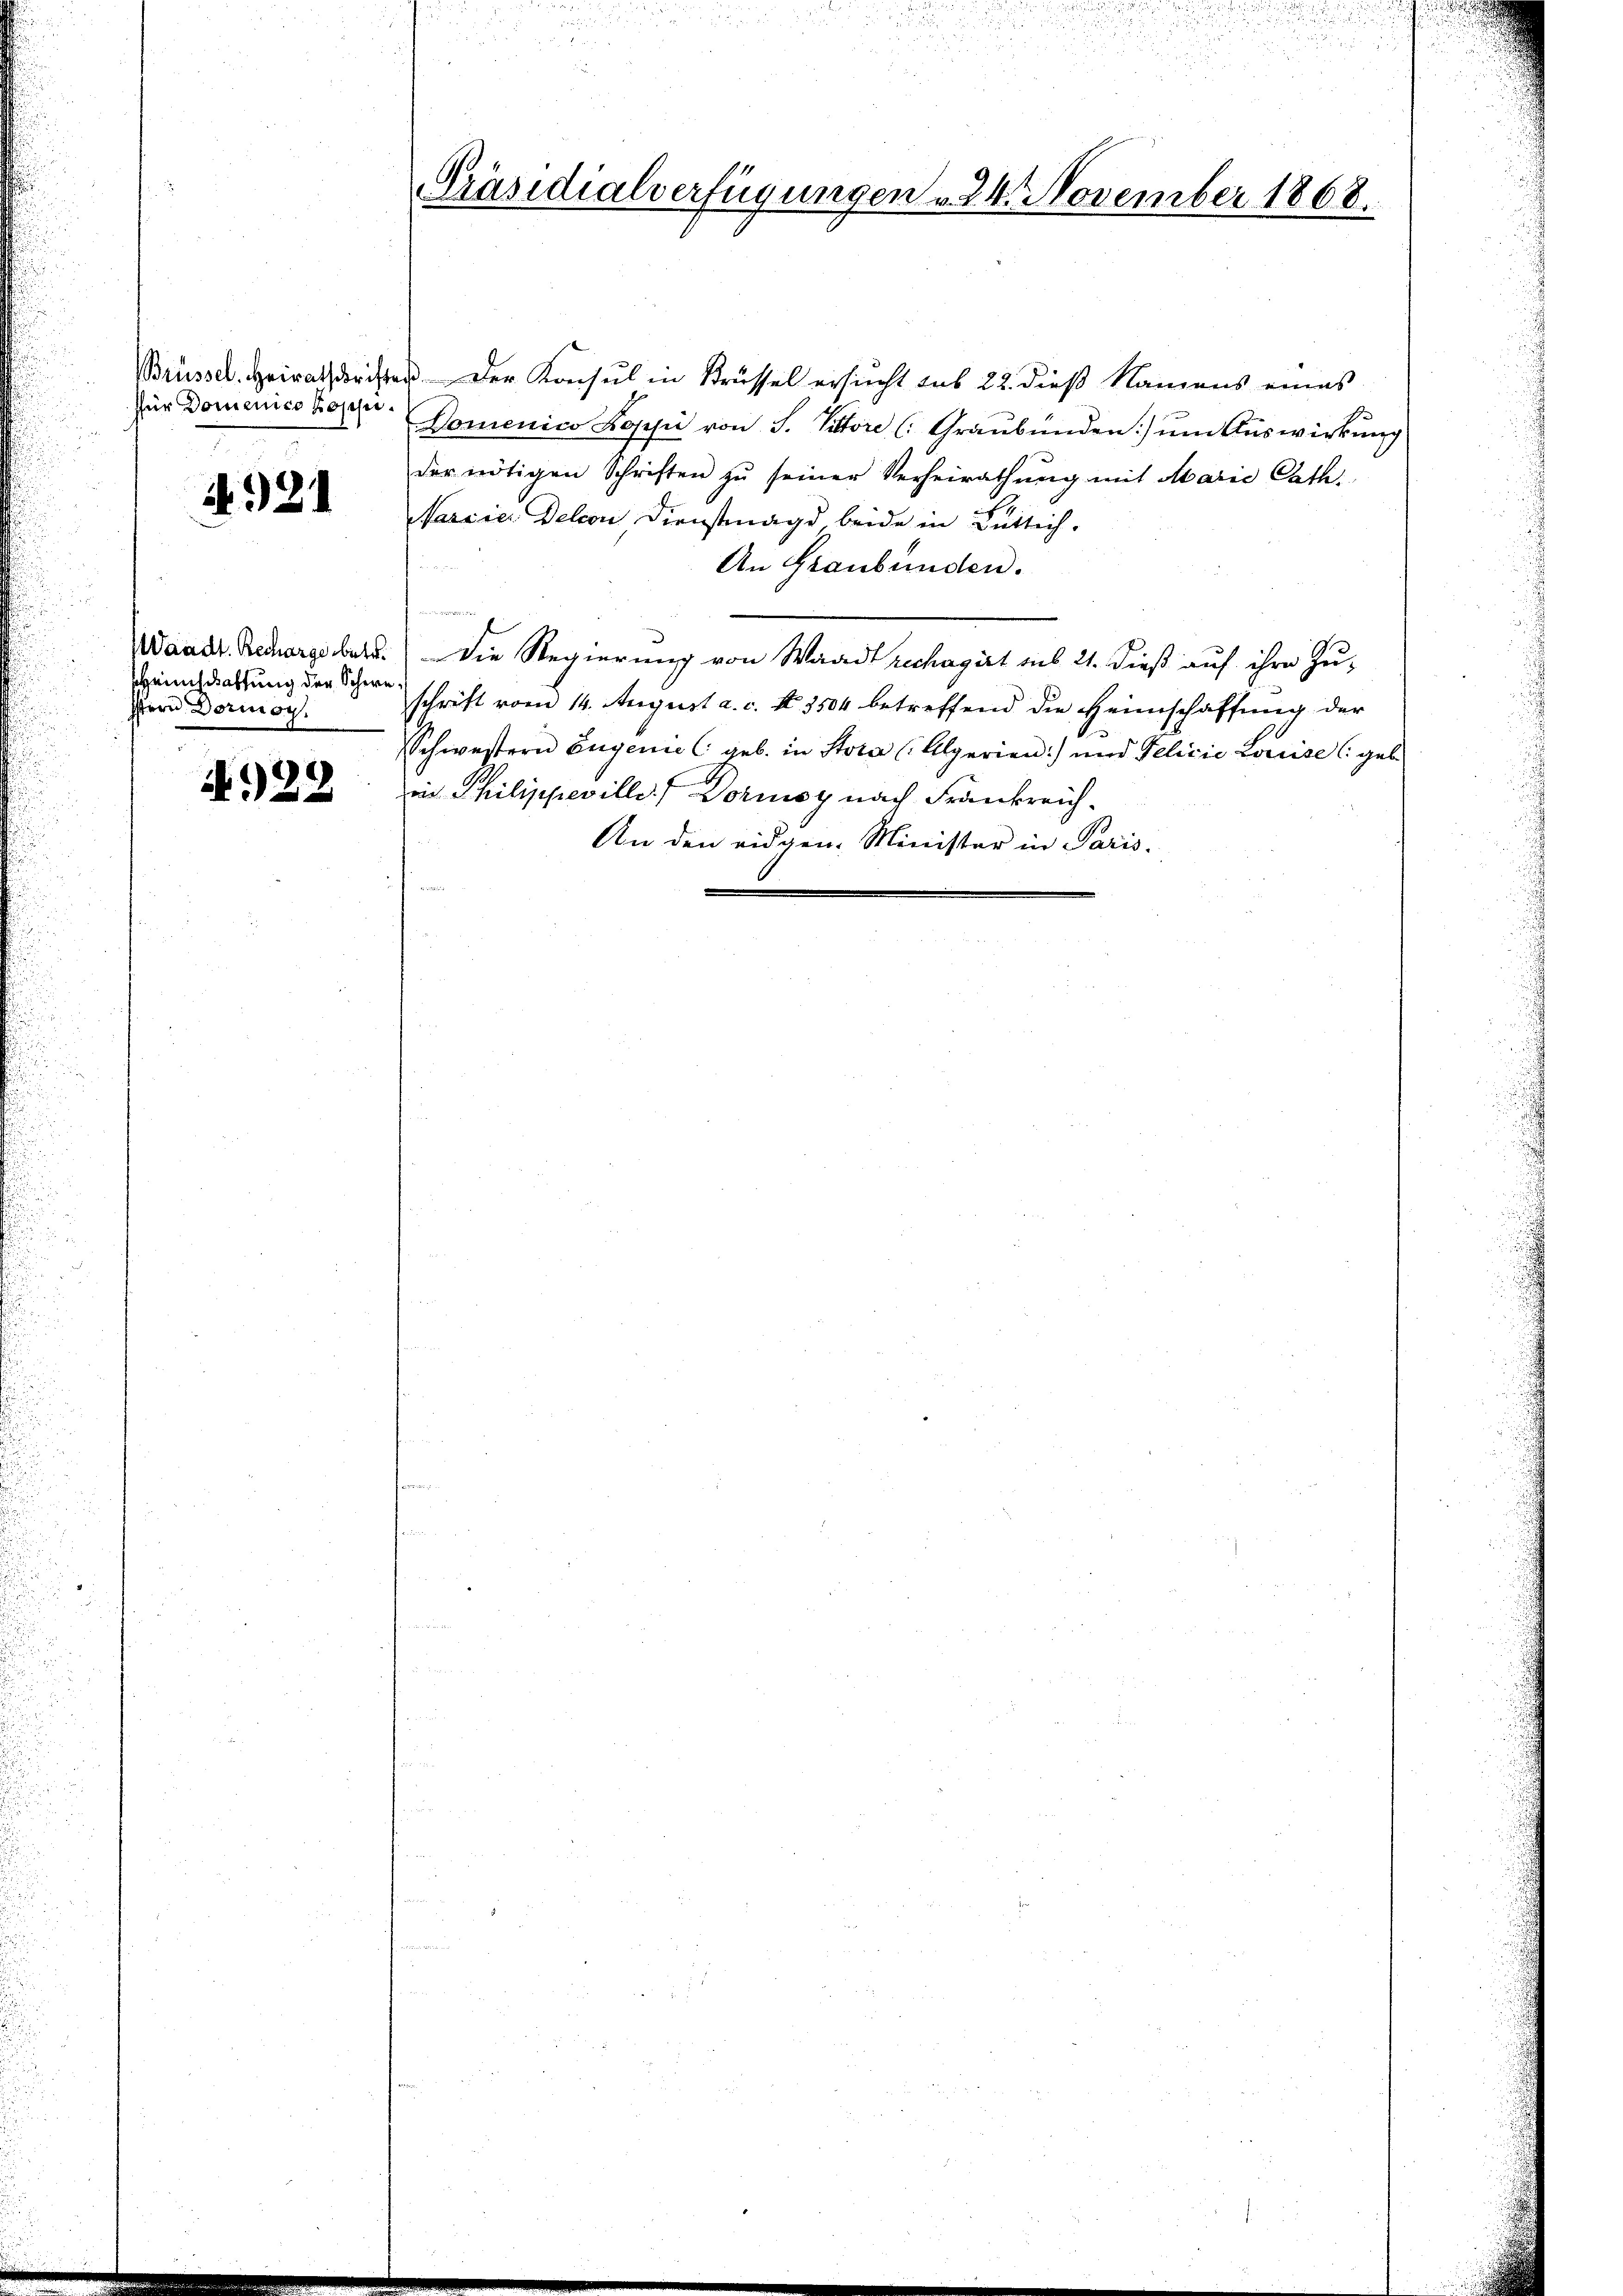
für Domenico possi¬

1921

Heimschaftung der Schwestern Dormoy.

A.28

Präsidialverfügungen v. 24. November 1868.

Brüssel. Heirathsrichtes der Konsul in Brüssel ersucht sub 22. dieß Namens eines
Domenico Koppi von S. Vittore (: Graubünden) um Auswirkung
der nötigen Schriften zŭ seiner Verheirathŭng mit Marie Cath.
arcier Delcon Dienstmagd, beide in Bütlich.
An Graubünden.
Waadt. Rechargeber. Die Regierung von Waadt rechagirt aus 21. dieß auf ihre Zu-
schrift vom 14. August a. c. N. 3504 betreffend die Heimschaffung der
Schwestern Eugenie (geb. in Stoka (Algerien) und Gelicie Louise (geb.
eie Philippeville Dornsy nach Frankreich¬
An den eidgen. Minister in Paris.

.